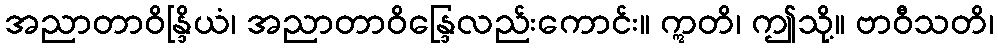
အညာတာဝိန္ဒြိယံ၊ အညာတာဝိန္ဒြေလည်းကောင်း။ ဣတိ၊ ဤသို့။ ဗာဝီသတိ၊